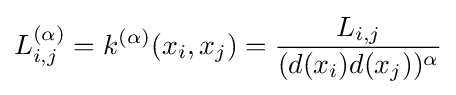
L_{i,j}^{(\alpha )}=k^{(\alpha )}(x_{i},x_{j})={\frac {L_{i,j}}{(d(x_{i})d(x_{j}))^{\alpha }}}